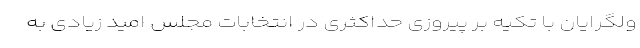
ولگرایان با تکیه بر پیروزی حداکثری در انتخابات مجلس امید زیادی به